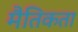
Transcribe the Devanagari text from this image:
मैतिकता